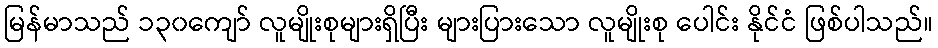
မြန်မာသည် ၁၃၀ကျော် လူမျိုးစုများရှိပြီး များပြားသော လူမျိုးစု ပေါင်း နိုင်ငံ ဖြစ်ပါသည်။